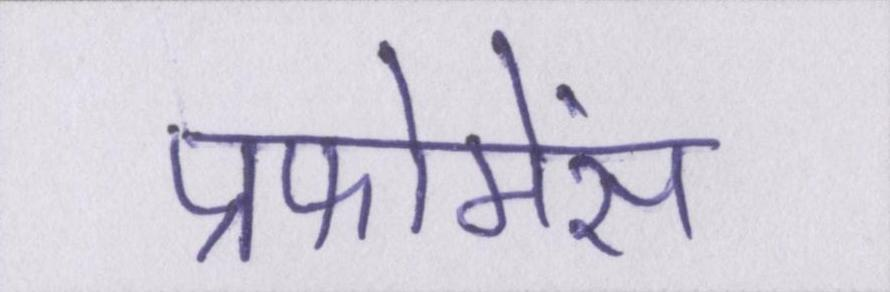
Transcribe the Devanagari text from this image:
प्रफोमेंस